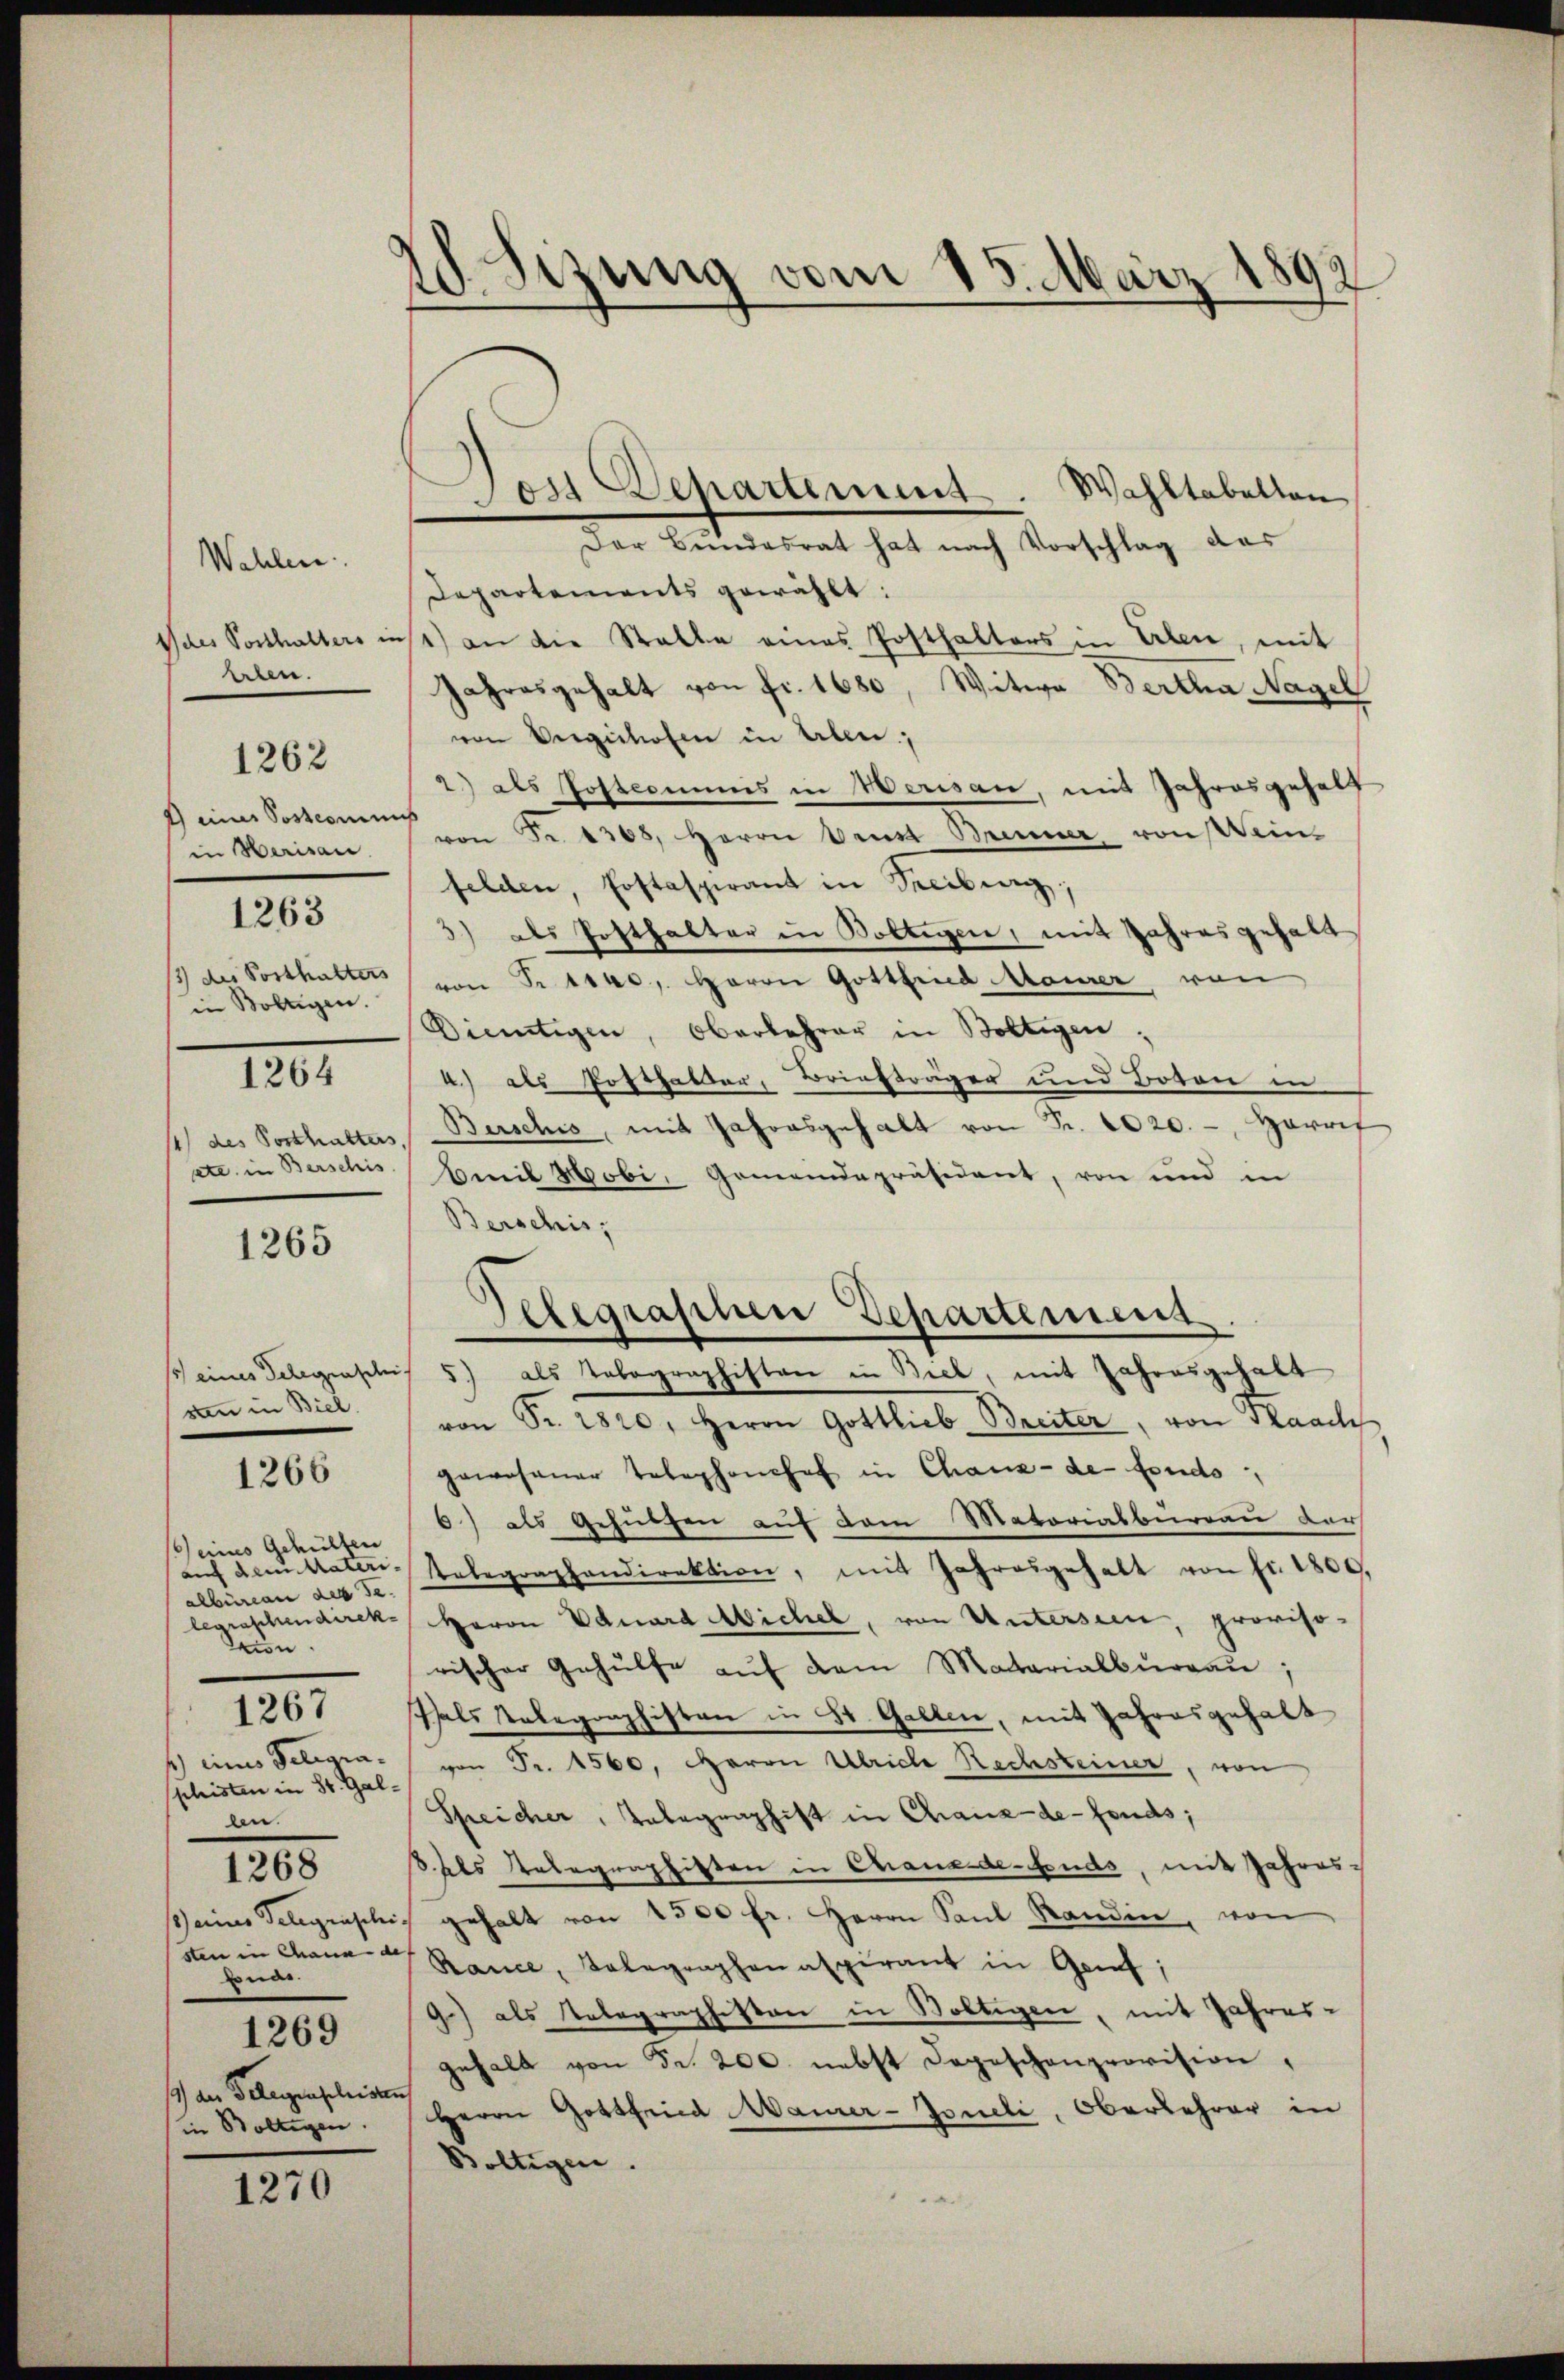
Wahlen.
heben.
 einer Postcommis
in Werisau.
1263
13) des Posthalters
in Boltigen.
1264
14) des Vorthalters,
etc. in Berschis

1262

1265

sten in Biel.

1266

1 eines Gehülfen
auf dem Materialbureau des se
legraschendirek
on.
1) eines Seligia.
shisten in St. Gallen.
1268
s.) eines Telegenscheisten in Chaux de
Bude.
1269
) des Gelegenseleisten
in Boltigen.

1267

1270

18. Sezung vom 15. März 1892

Den Departement. Wahltabellen
Der Bundesrat hat nach Vorschlag das
Departements gewählt:
Naes Posthalters ist) an die Stalle eines Posthalters in Erben, mit
Jahresgehalt von fr. 1680, Witwe Bertha Nagel
von Vergichosen in Aben
2) als Postcommis in Werisau, mit Jahresgehalt
von Fr. 1368, Herrn Brust Brenner, von sein
felden, Erstaspirant in Freiburg;
3) als Posthalter in Boltigen, mit Jahres gehalt
von Fr. 114, Herrn Gottfried Maurer von
Dietigen, Oberkehrer in Boltigen.
4) als Posthalter, Briefträger und Boten in
Burschis, mit Jahresgehalt von Fr. 1020. - Harrif
Beil Mobi, Gemeindepräsident, von und in
Berschis;
1 eines Telegensches 5) als Tobographisten in Biel, mit Jahresgehalt
von Fr. 2820. Herrn Gottlieb-Breiter, von Flaachs
gewesener Telephonshof in Chanz- de fondo
6) als Gesuchen auf dem Materialbüreau der
Telegraphendirektion, mit Jahresgehalt von fr. 1800.
Herrn Eduard Michel, von Untersien, provisorischer Gehülfe aŭf dem Matarialburgau;
Pals Telegraphisten in St. Gallen, mit Jahresgehalt
von Fr. 1560, Baron Ulriche Rachsteiner, von
Speicher, Tabegraphist in Chaux-de-Fonds;
dals Telegraphisten in Chanaide-Fonds, mit Jahres-
gehalt von 1500 fr. Herrn Paul Standin, von
Rance, Telegraphenaspirant in Genf,
9) als Telegraphiston in Voltigen, mit Jahres-
gehalt von Fr. 200. nebst Depeschenprovision,
Herrn Gottfried Maurer-Joneli, Oberlehrer in
Boltigen.

Gelegrafinen Departemens